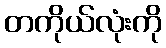
တကိုယ်လုံးကို